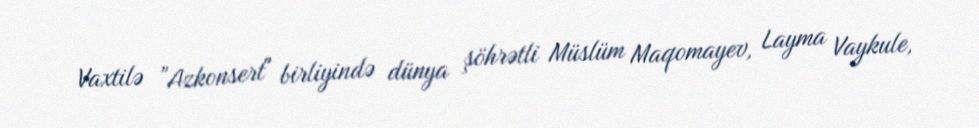
Vaxtilə ”Azkonsert" birliyində dünya şöhrətli Müslüm Maqomayev, Layma Vaykule,